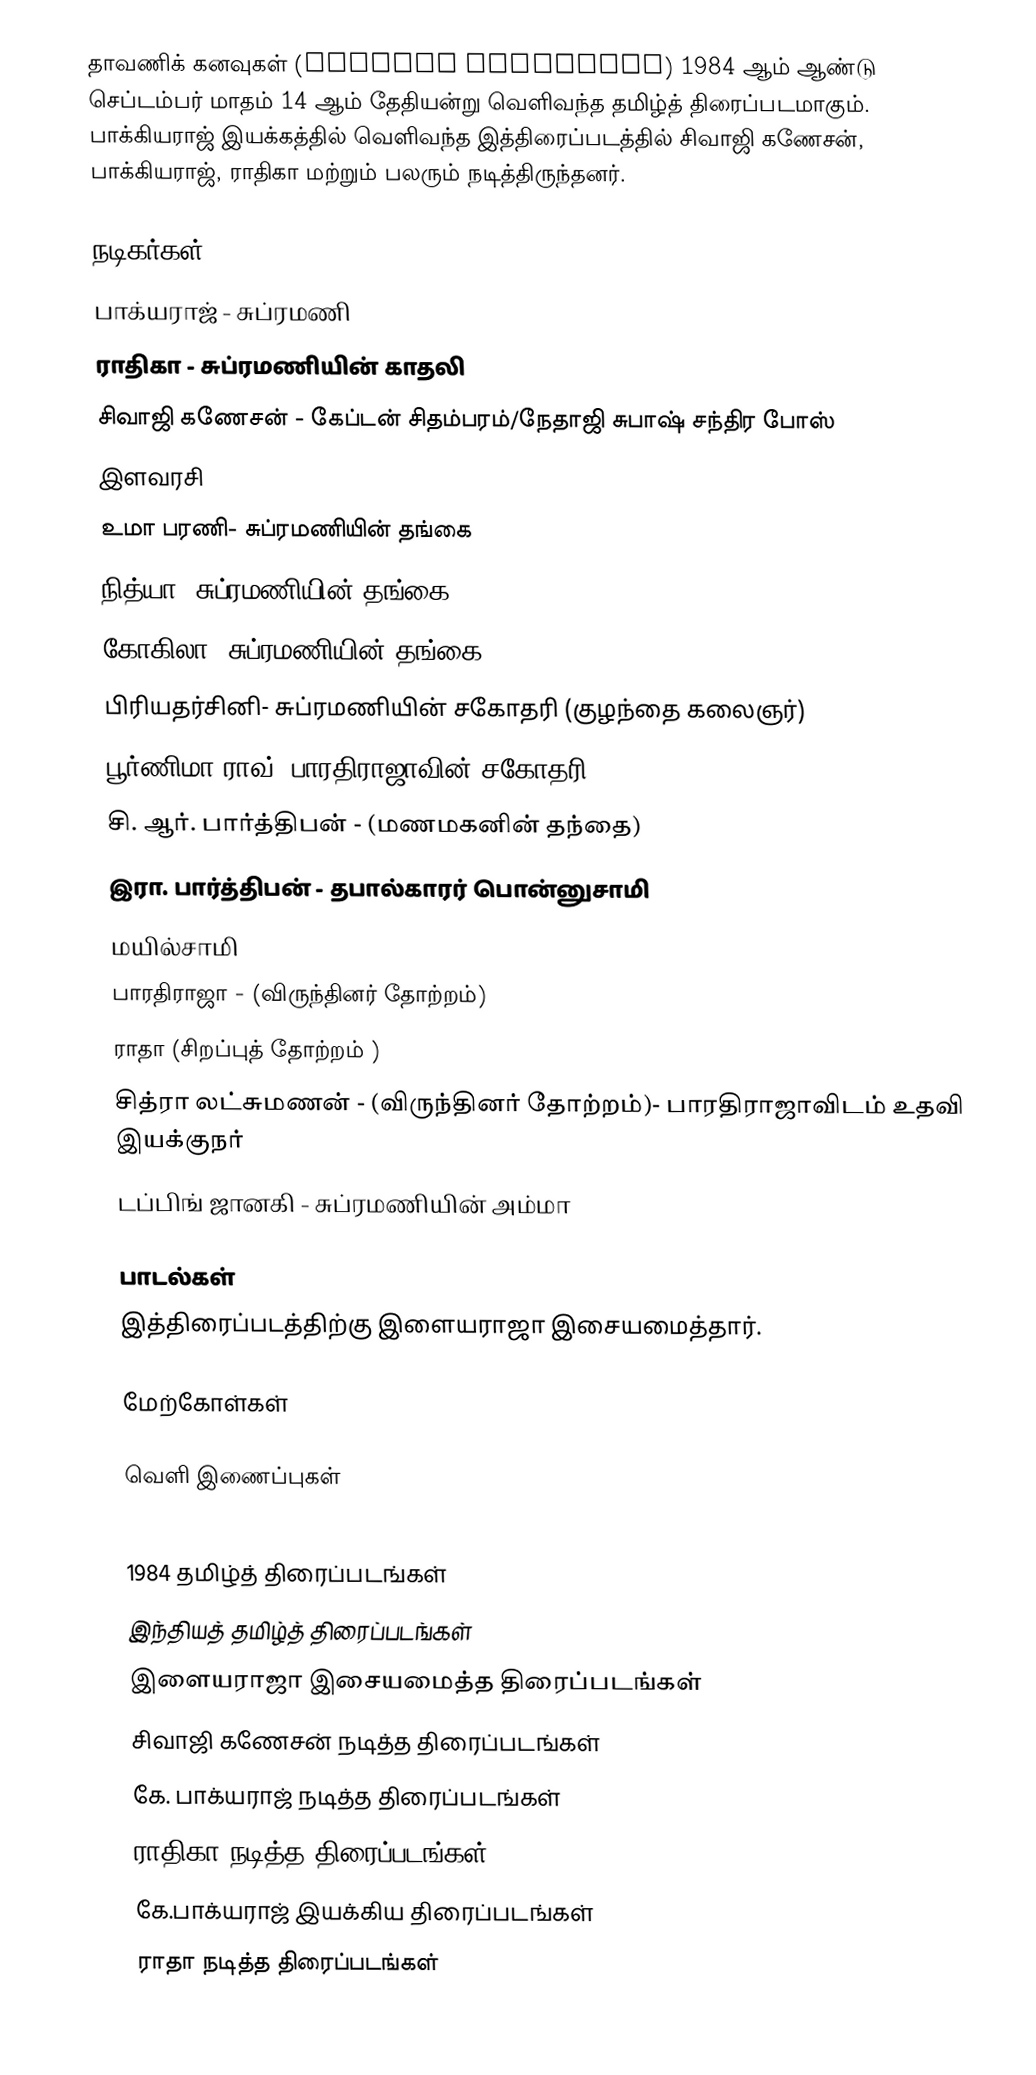
தாவணிக் கனவுகள் (Dhavani Kanavugal) 1984 ஆம் ஆண்டு செப்டம்பர் மாதம் 14 ஆம் தேதியன்று வெளிவந்த தமிழ்த் திரைப்படமாகும்.  பாக்கியராஜ் இயக்கத்தில் வெளிவந்த இத்திரைப்படத்தில் சிவாஜி கணேசன், பாக்கியராஜ், ராதிகா மற்றும் பலரும் நடித்திருந்தனர்.

நடிகர்கள்
 பாக்யராஜ் - சுப்ரமணி
 ராதிகா - சுப்ரமணியின் காதலி
 சிவாஜி கணேசன் - கேப்டன் சிதம்பரம்/நேதாஜி சுபாஷ் சந்திர போஸ்
 இளவரசி
 உமா பரணி- சுப்ரமணியின் தங்கை
 நித்யா- சுப்ரமணியின் தங்கை
 கோகிலா- சுப்ரமணியின் தங்கை
 பிரியதர்சினி- சுப்ரமணியின் சகோதரி (குழந்தை கலைஞர்)
 பூர்ணிமா ராவ்- பாரதிராஜாவின் சகோதரி
 சி. ஆர். பார்த்திபன் - (மணமகனின் தந்தை)
 இரா. பார்த்திபன் - தபால்காரர் பொன்னுசாமி
 மயில்சாமி
 பாரதிராஜா - (விருந்தினர் தோற்றம்)
 ராதா (சிறப்புத் தோற்றம் )
 சித்ரா லட்சுமணன் - (விருந்தினர் தோற்றம்)- பாரதிராஜாவிடம் உதவி இயக்குநர்
 டப்பிங் ஜானகி - சுப்ரமணியின் அம்மா

பாடல்கள்
இத்திரைப்படத்திற்கு இளையராஜா இசையமைத்தார்.

மேற்கோள்கள்

வெளி இணைப்புகள்

1984 தமிழ்த் திரைப்படங்கள்
இந்தியத் தமிழ்த் திரைப்படங்கள்
இளையராஜா இசையமைத்த திரைப்படங்கள்
சிவாஜி கணேசன் நடித்த திரைப்படங்கள்
கே. பாக்யராஜ் நடித்த திரைப்படங்கள்
ராதிகா நடித்த திரைப்படங்கள்
கே.பாக்யராஜ் இயக்கிய திரைப்படங்கள்
ராதா நடித்த திரைப்படங்கள்